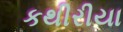
કથીરીયા